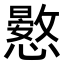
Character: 𢣮